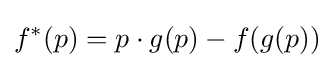
f^{*}(p)=p\cdot g(p)-f(g(p))